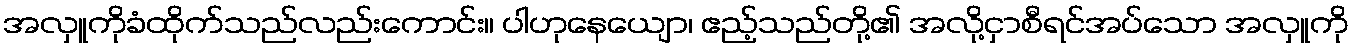
အလှူကိုခံထိုက်သည်လည်းကောင်း။ ပါဟုနေယျော၊ ဧည့်သည်တို့၏ အလို့ငှာစီရင်အပ်သော အလှူကို